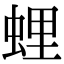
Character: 𧋎